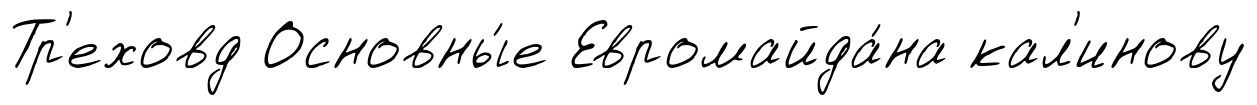
Тр'еховд Основны́е Евромайда́на кал'инову